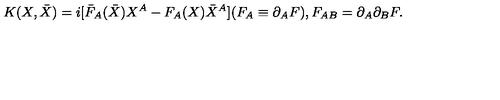
K ( X , \bar { X } ) = i [ \bar { F } _ { A } ( \bar { X } ) X ^ { A } - F _ { A } ( X ) \bar { X } ^ { A } ] ( F _ { A } \equiv \partial _ { A } F ) , F _ { A B } = \partial _ { A } \partial _ { B } F .